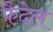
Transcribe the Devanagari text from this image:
फैदेल